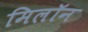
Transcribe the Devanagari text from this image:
मिलॉन